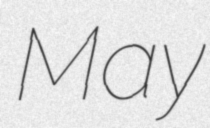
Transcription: May